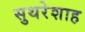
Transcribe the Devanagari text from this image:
सुथरेशाह